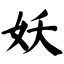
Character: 妖